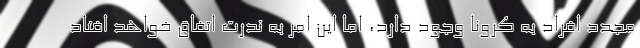
مجدد افراد به کرونا وجود دارد، اما این امر به ندرت اتفاق خواهد افتاد